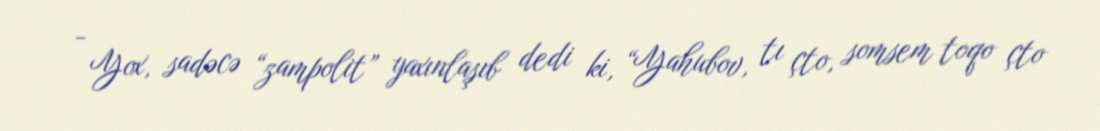
- Yox, sadəcə “zampolit” yaxınlaşıb dedi ki, “Yahubov, tı çto, somsem toqo çto